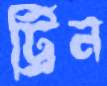
ট্রিন